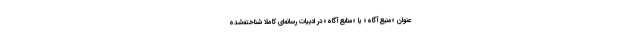
عنوان «منبع آگاه» یا «منابع آگاه» در ادبیات رسانه‌ای کاملاً شناخته‌شده